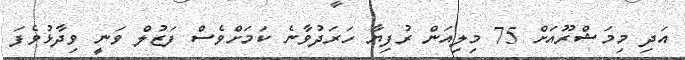
އަދި މިމަޝްރޫއަށް 75 މިލިއަން ރުފިޔާ ހަރަދުވާނެ ކަމަށްވެސް ފަޒުލް ވަނީ ވިދާޅުވެފަ